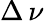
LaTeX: \Delta\, \nu